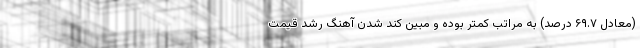
(معادل ۶۹.۷ درصد) به مراتب کمتر بوده و مبین کند شدن آهنگ رشد قیمت